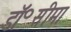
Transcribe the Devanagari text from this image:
डॉ॰सीमा